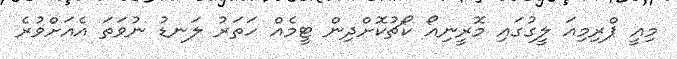
މިއީ ޕްރިމިއަ ލީގުގައި މޮރީނިއޯ ކޯޗުކޮށްދިން ޓީމެއް ހަތަރު ލަނޑު ނުވަތަ އެއަށްވުރެ